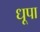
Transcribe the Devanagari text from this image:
धूपा